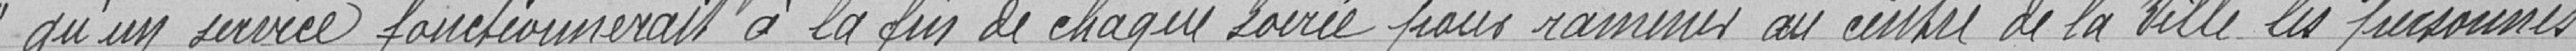
qu'un service fonctionnerait à la fin de chaque soirée pour ramener au centre de la Ville les personnes